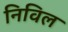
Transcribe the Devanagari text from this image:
निविल